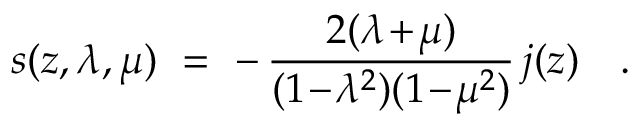
s ( z , \lambda , \mu ) ~ = ~ - \, { \frac { 2 ( \lambda \! + \! \mu ) } { ( 1 \! - \! \lambda ^ { 2 } ) ( 1 \! - \! \mu ^ { 2 } ) } } \, j ( z ) ~ ~ ~ .